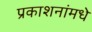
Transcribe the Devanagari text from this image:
प्रकाशनांमधे